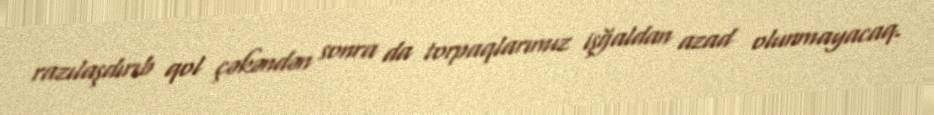
razılaşdırıb qol çəkəndən sonra da torpaqlarımız işğaldan azad olunmayacaq.